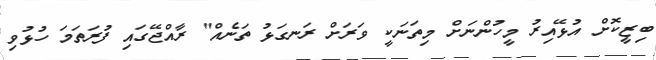
ބިޒީކޮށް އުޅޭއިރު މީހުންނަށް މިތަނަކީ ވަރަށް ރަނގަޅު ތަނެއް" ރާއްޖޭގައި ފުރަތަމަ ހުޅުވި